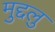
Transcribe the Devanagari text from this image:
मुद्दलु